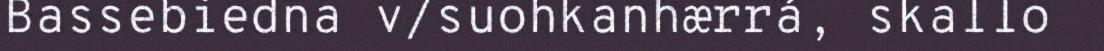
Bassebiedna v/suohkanhærrá, skallo